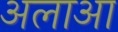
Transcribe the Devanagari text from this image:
अलाआ